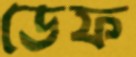
ডেফ